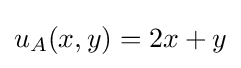
u_{A}(x,y)=2x+y